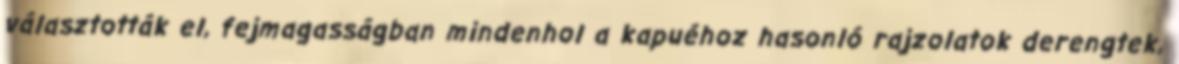
választották el, fejmagasságban mindenhol a kapuéhoz hasonló rajzolatok derengtek,